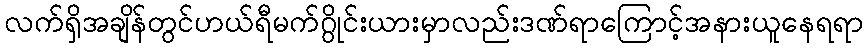
လက်ရှိအချိန်တွင်ဟယ်ရီမက်ဂွိုင်းယားမှာလည်းဒဏ်ရာကြောင့်အနားယူနေရရာ